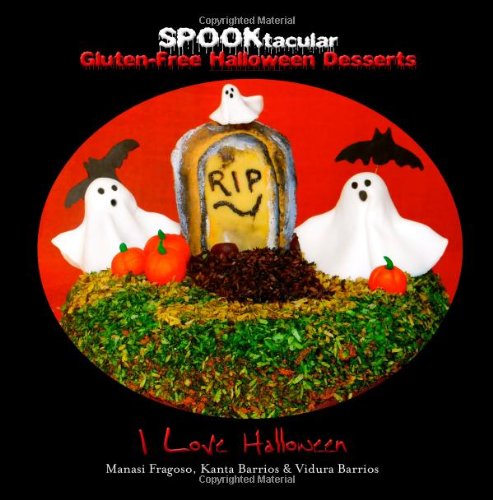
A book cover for SPOOKtacular Gluten-Free Halloween Desserts: A cookbook of delicious, wheat-free, dairy free, all natural organic recipes that will dazzle your guests at your scary party; I Love Halloween; Cookbooks, Food & Wine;